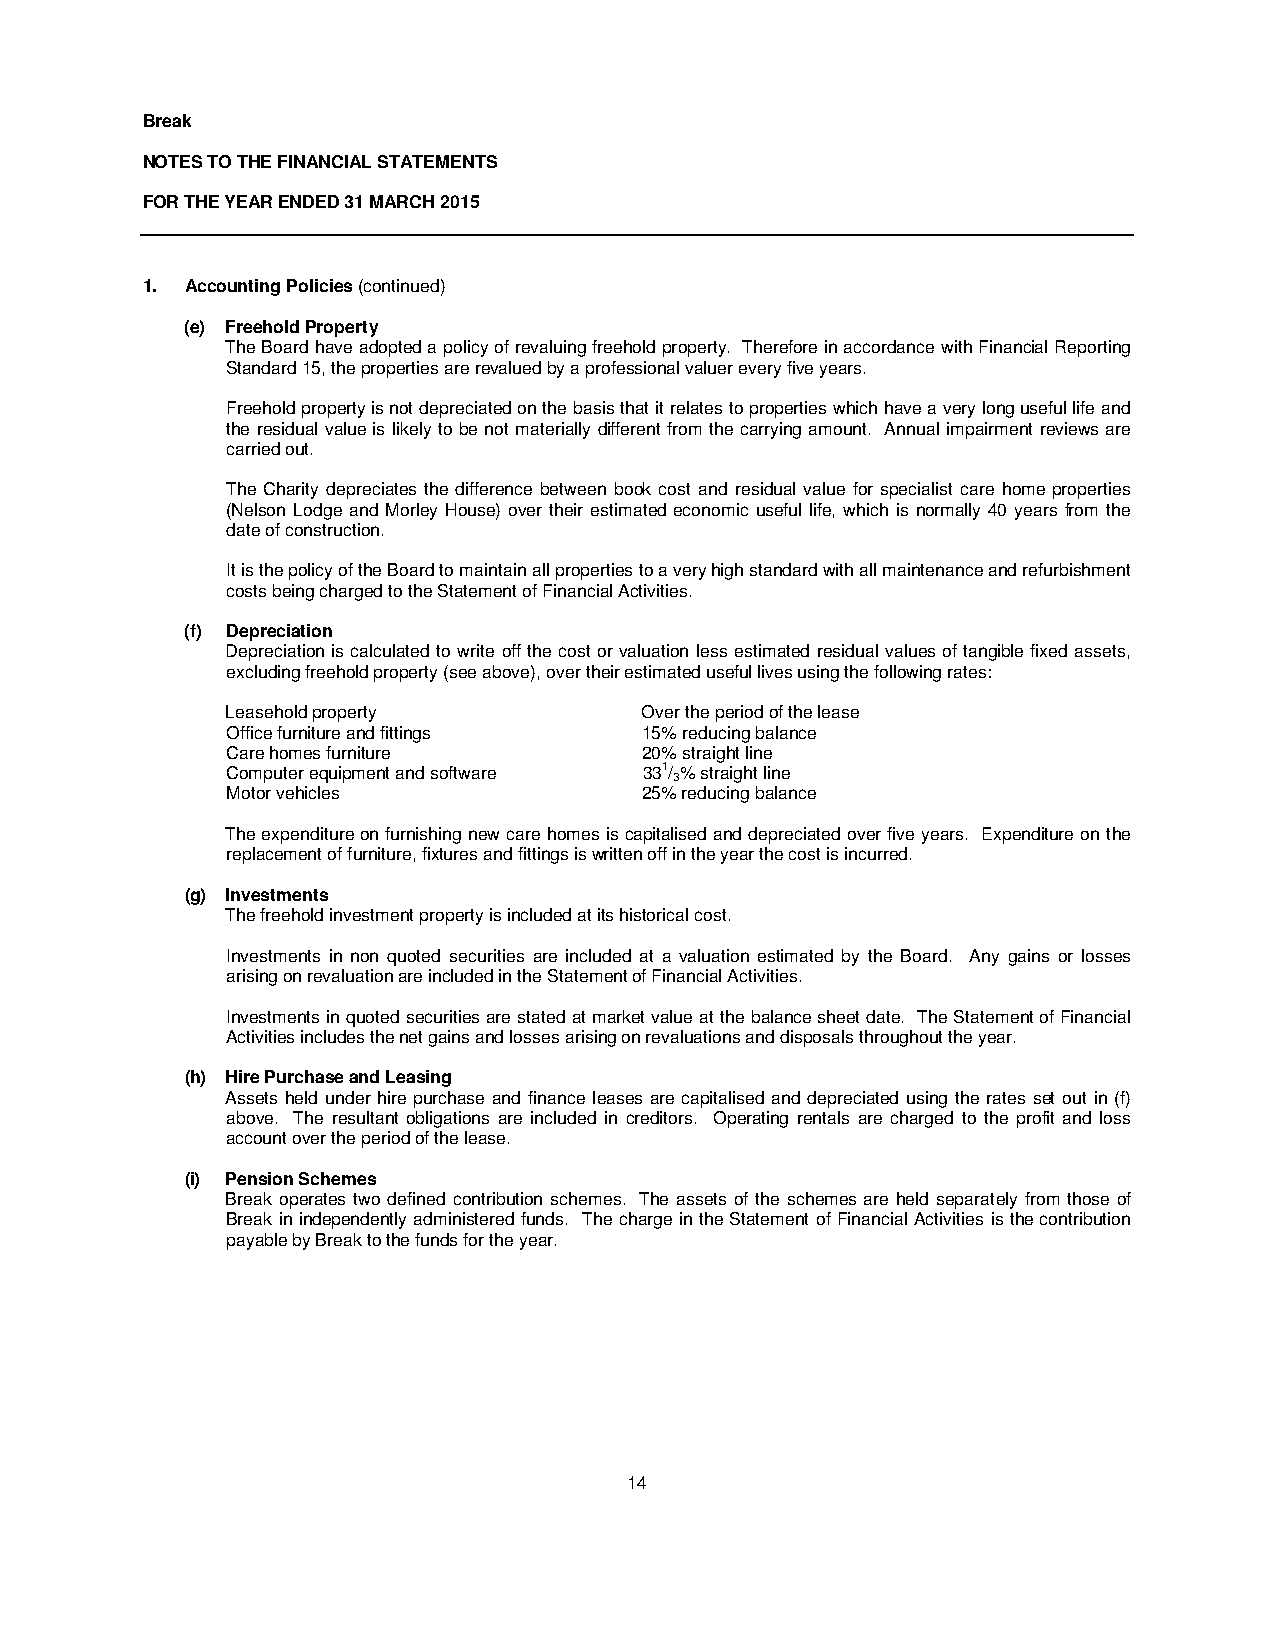
Break
 NOTES TO THE FINANCIAL STATEMENTS
 FOR THE YEAR ENDED 31 MARCH 2015
 1. Accounting Policies (continued)
 (e) Freehold Property
 The Board have adopted a policy of revaluing freehold property. Therefore in accordance with Financial Reporting
 Standard 15, the properties are revalued by a professional valuer every five years.
 Freehold property is not depreciated on the basis that it relates to properties which have a very long useful life and
 the residual value is likely to be not materially different from the carrying amount. Annual impairment reviews are
 carried out.
 The Charity depreciates the difference between book cost and residual value for specialist care home properties
 (Nelson Lodge and Morley House) over their estimated economic useful life, which is normally 40 years from the
 date of construction.
 It is the policy of the Board to maintain all properties to a very high standard with all maintenance and refurbishment
 costs being charged to the Statement of Financial Activities.
 (f) Depreciation
 Depreciation is calculated to write off the cost or valuation less estimated residual values of tangible fixed assets,
 excluding freehold property (see above), over their estimated useful lives using the following rates:
 Leasehold property          Over the period of the lease
 Office furniture and fittings 15% reducing balance
 Care homes furniture        20% straight line
 Computer equipment and software 331/ % straight line
 3
 Motor vehicles              25% reducing balance
 The expenditure on furnishing new care homes is capitalised and depreciated over five years. Expenditure on the
 replacement of furniture, fixtures and fittings is written off in the year the cost is incurred.
 (g) Investments
 The freehold investment property is included at its historical cost.
 Investments in non quoted securities are included at a valuation estimated by the Board. Any gains or losses
 arising on revaluation are included in the Statement of Financial Activities.
 Investments in quoted securities are stated at market value at the balance sheet date. The Statement of Financial
 Activities includes the net gains and losses arising on revaluations and disposals throughout the year.
 (h) Hire Purchase and Leasing
 Assets held under hire purchase and finance leases are capitalised and depreciated using the rates set out in (f)
 above. The resultant obligations are included in creditors. Operating rentals are charged to the profit and loss
 account over the period of the lease.
 (i) Pension Schemes
 Break operates two defined contribution schemes. The assets of the schemes are held separately from those of
 Break in independently administered funds. The charge in the Statement of Financial Activities is the contribution
 payable by Break to the funds for the year.
 14